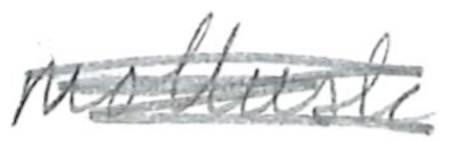
Text: mollusk
Cross-out: scratch
Writing tool: pencil